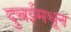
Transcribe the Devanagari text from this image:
दुबईमधून